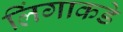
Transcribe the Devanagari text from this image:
लिंगाकडे